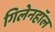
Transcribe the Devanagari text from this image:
गिलेनहाॅल